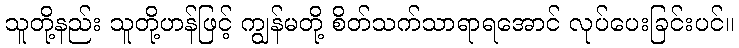
သူတို့နည်း သူတို့ဟန်ဖြင့် ကျွန်မတို့ စိတ်သက်သာရာရအောင် လုပ်ပေးခြင်းပင်။